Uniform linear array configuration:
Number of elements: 12
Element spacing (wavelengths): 1
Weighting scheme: hann
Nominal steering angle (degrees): -15
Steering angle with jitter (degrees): -14.909
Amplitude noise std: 0.05
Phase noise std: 0.05

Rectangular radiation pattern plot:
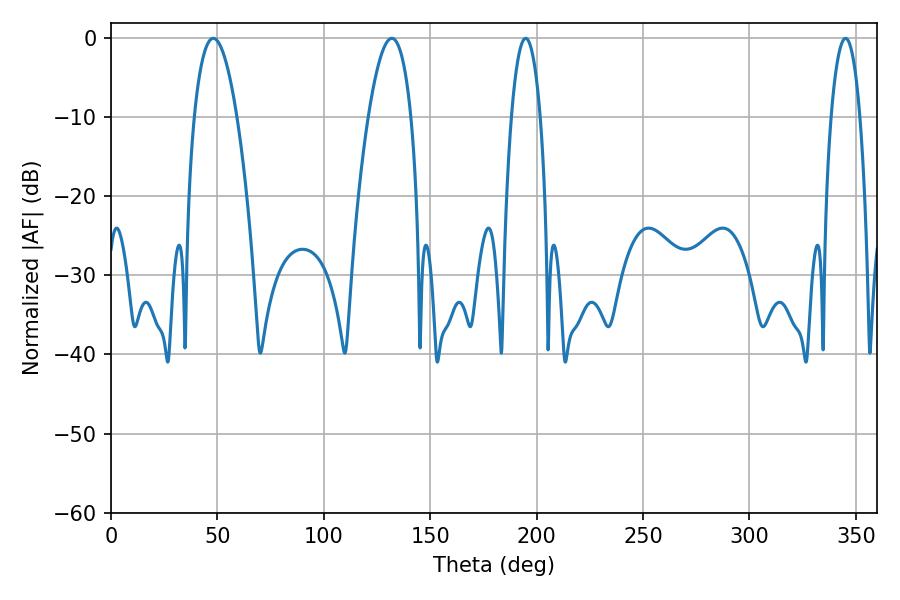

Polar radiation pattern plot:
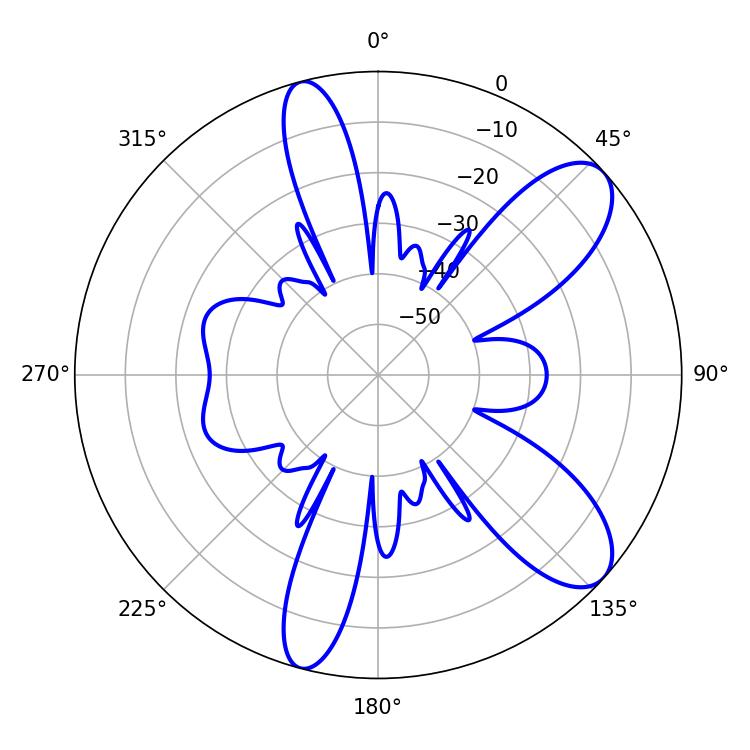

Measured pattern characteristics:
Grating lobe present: TRUE
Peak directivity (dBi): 9.284
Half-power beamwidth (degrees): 11.16
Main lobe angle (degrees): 48.06